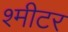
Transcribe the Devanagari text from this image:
श्मीटर